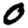
Digit: 0